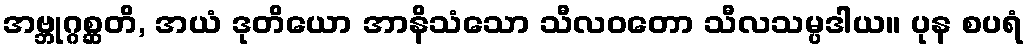
အဗ္ဘုဂ္ဂစ္ဆတိ, အယံ ဒုတိယော အာနိသံသော သီလဝတော သီလသမ္ပဒါယ။ ပုန စပရံ